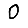
Digit: 0